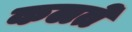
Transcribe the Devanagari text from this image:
कलते